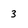
Character: 3